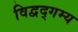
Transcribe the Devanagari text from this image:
विद्वद्गम्य